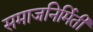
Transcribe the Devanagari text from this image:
समाजनिर्मिती